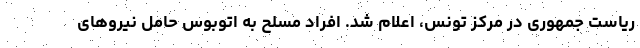
ریاست جمهوری در مرکز تونس، اعلام شد. افراد مسلح به اتوبوس حامل نیروهای